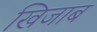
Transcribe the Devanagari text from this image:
खिजाब